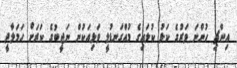
އިންޗި ހުންނަ ވަރުގެ ކަޅު ކުލައިގެ މުއްގަނޑުލީ ވަޅިއަކުން ނަޖީބުގެ ކަރަށް ހަމަލާދީ